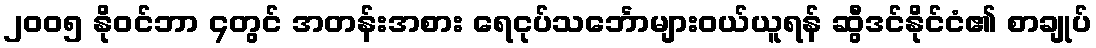
၂၀၀၅ နိုဝင်ဘာ ၄တွင် အတန်းအစား ရေငုပ်သင်္ဘောများဝယ်ယူရန် ဆွီဒင်နိုင်ငံ၏ စာချုပ်